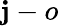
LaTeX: \mathbf{j}-o